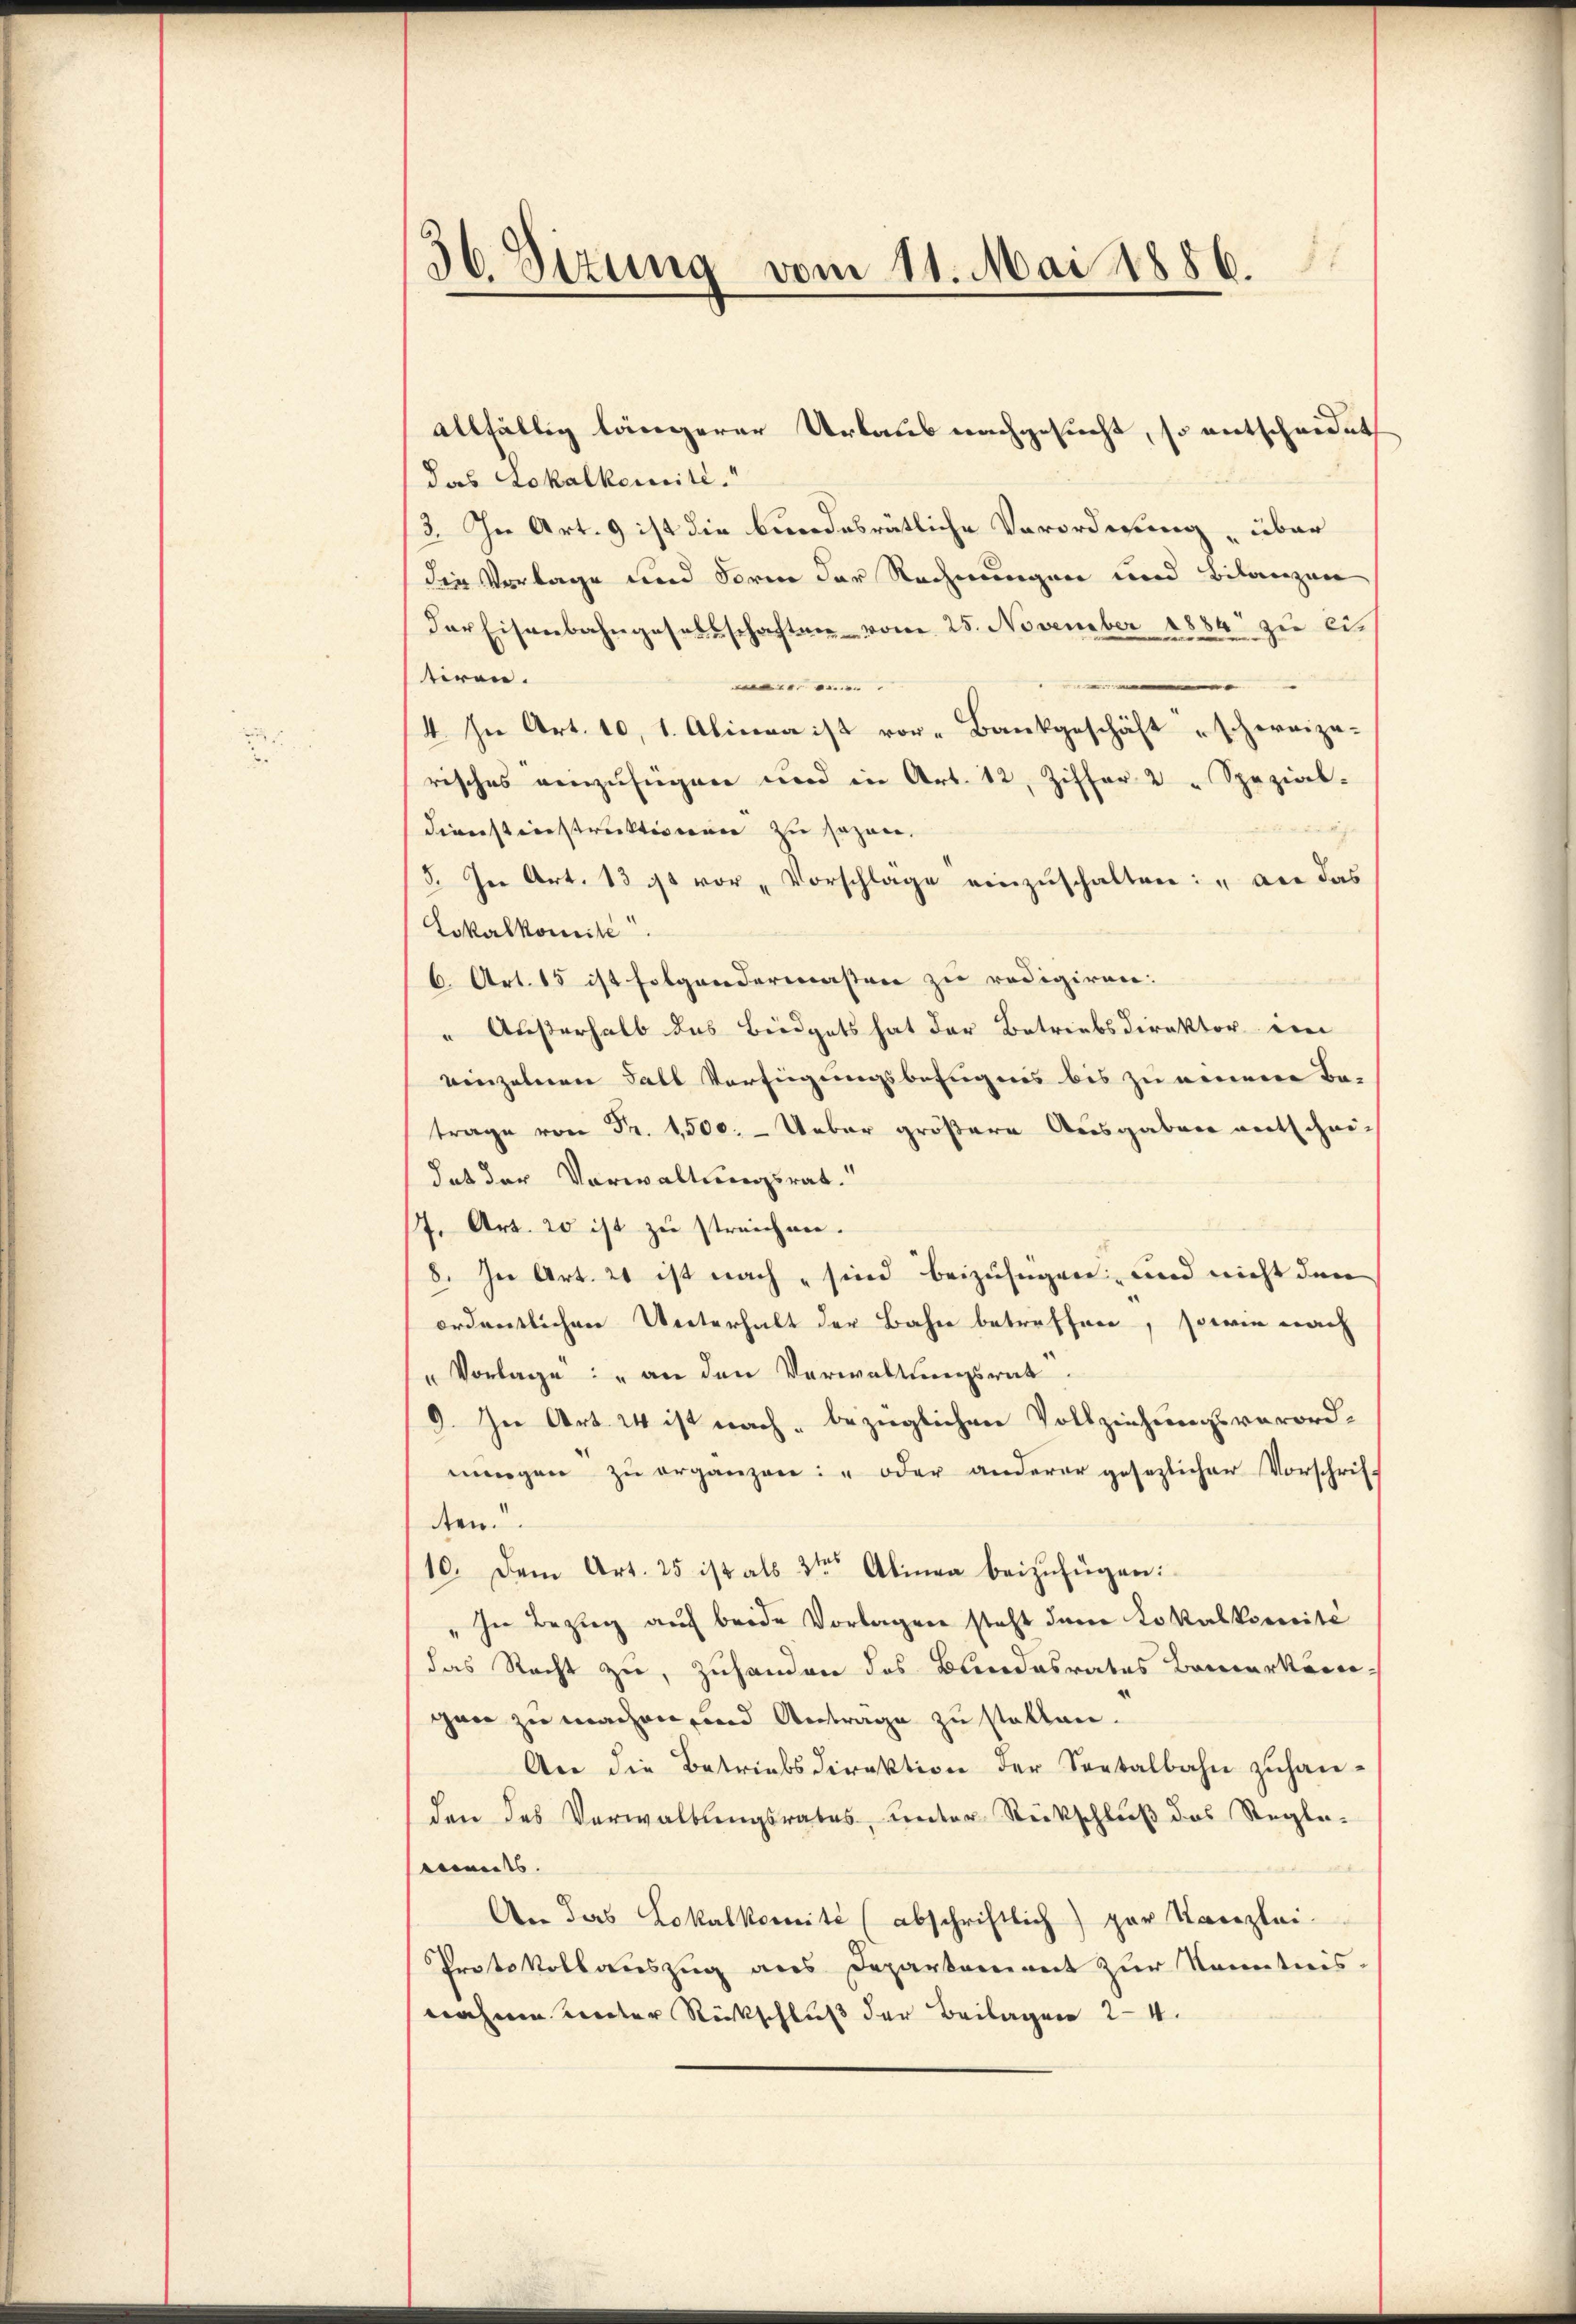
¬
20. Sizung vom 11. Mai 1886.

allfällig längerer Urlaub nachgesucht, so entscheidet
das Lokalkomité.“
3. In Art. 9 ist die bundesrätliche Verordnung über
die Vorlage und Form der Rechnungen und Bilanzen
der Eisenbahngesellschaften vom 25. November 1884 zu eitiren.
e
4. In Art. 10, 1. Alina ist vor Bankgeschäft "schweize-
risches einzufügen und in Art. 12, Ziffer 2 " Spezial-
an die
Dienstinstruktionen zu sezen,
5. In Art. 13 ist vor Vorschläge einzŭschalten: „an das
Lokalkomité
6. Art. 15 ist folgendermaßen zu redigiren.
" Außerhalb das Büdgets hat der Betriebsdirektor im
einzelnen Fall Verfügungsbefugnis bis zu neuerere Be-
trage von Fr. 1500. - Ueber größere Ausgaben entschei-
hat der Vorwaltungsrat.
7. Art. 20 ist zu streichen.
8. In Art. 2 ist nach sind beizufügen, und nicht den
ordentlichen Unterhalt der Bahn betreffen, sowie nach
"Vorlage: „an den Verwaltungsrat
9. In Art. 24 ist nach bezüglichen Vollziehungsverord-
nŭngen zŭ erganzen: " oder anderer gesezlicher Vorschrift
ten.
10. Dem Art. 25 ist als 3ten Alinea beizufügen:
 In Bezug auf beide Vorlagen steht dann Lokalkomité
das Recht zu, Zuhanden des Bundesrates Bemerkenne-
gan zu machen, und Antrage zu stellen.
An die Betriebsdirektion der Seetalbahn zŭhan-
den des Verwaltungsrates, unter Rückschluß das Regle-
e
ments.
An das Lokalkomité (abschriftlich) par Kanzlei-
Protokollauszug aus Departement zur Kenntnis-
nahme unter Rückschluß der Beilagen 24.